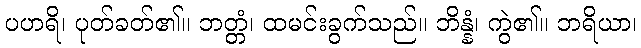
ပဟရိ၊ ပုတ်ခတ်၏။ ဘတ္တံ၊ ထမင်းခွက်သည်။ ဘိန္နံ၊ ကွဲ၏။ ဘရိယာ၊